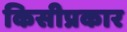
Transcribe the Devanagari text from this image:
किसीप्रकार